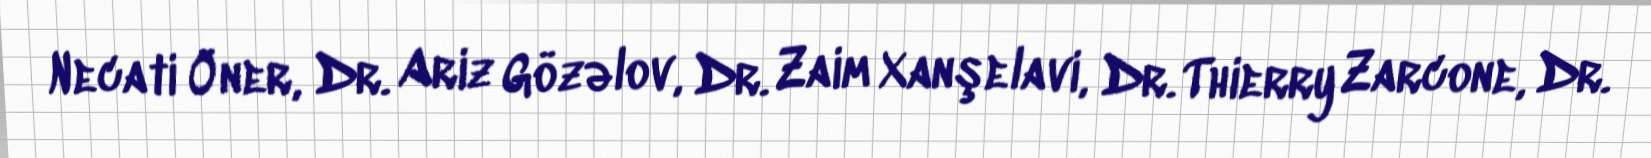
Necati Öner, Dr. Ariz Gözəlov, Dr. Zaim Xanşelavi, Dr. Thierry Zarcone, Dr.